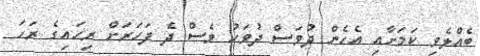
ބެއްލެވި ކަމަށާއި އެހެން ދުވަސް ދުވަހު ވެސް ދެ ފަހަރަށް ރިހައިގެ ރަހަ